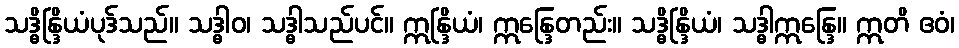
သဒ္ဓိန္ဒြိယံပုဒ်သည်။ သဒ္ဓါဝ၊ သဒ္ဓါသည်ပင်။ ဣန္ဒြိယံ၊ ဣန္ဒြေတည်း။ သဒ္ဓိန္ဒြိယံ၊ သဒ္ဓါဣန္ဒြေ။ ဣတိ ဧဝံ၊